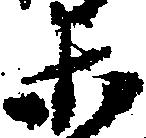
等